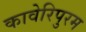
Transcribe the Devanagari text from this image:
कावेरिपुरम